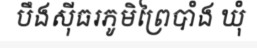
បឹងស៊ីធរភូមិព្រៃបាំង ឃុំ